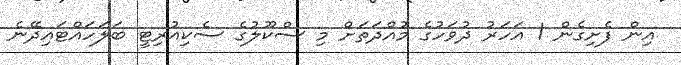
އިން ފެށިގެން 1 އަހަރު ދުވަހުގެ މުއްދަތަށް މި ސްކޫލުގެ ސެކިއުރިޓީ ބަލަހައްޓައިދޭނެ